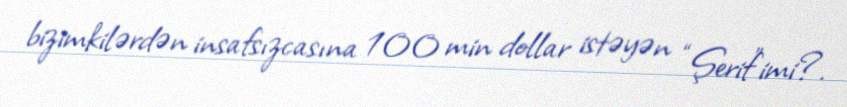
bizimkilərdən insafsızcasına 100 min dollar istəyən “Şerif”imi?.